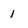
Character: 1